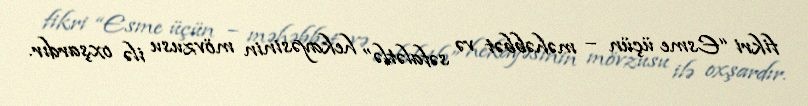
fikri “Esme üçün – məhəbbət və səfalətlə” hekayəsinin mövzusu ilə oxşardır.